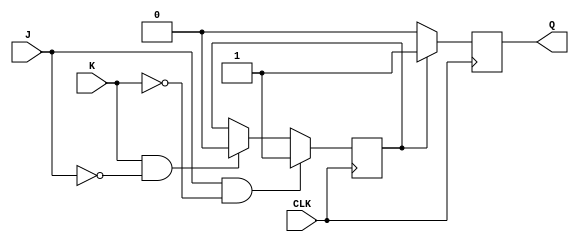
module jk_latch (
  input wire J, // J input
  input wire K, // K input
  input wire CLK, // Clock input
  output reg Q // Output
);

// Internal state variable
reg state;

// State machine logic
always @(posedge CLK) begin
  if (J && ~K)
    state <= 1; // SET state
  else if (K && ~J)
    state <= 0; // RESET state
end

// Output logic
always @(posedge CLK) begin
  if (state)
    Q <= 1; // Output high in SET state
  else
    Q <= 0; // Output low in RESET state
end

endmodule